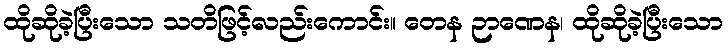
ထိုဆိုခဲ့ပြီးသော သတိဖြင့်လည်းကောင်း။ တေန ဉာဏေန၊ ထိုဆိုခဲ့ပြီးသော